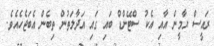
ރައީސް ޔާމީން އާއި އެކު ސްޓޭންޑް ބައި ގައި އަދާލަތުން ތިބެން އެބަޖެހެއެވެ.